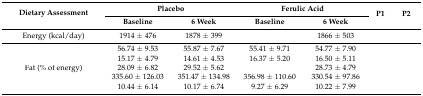
<table><thead><tr><td rowspan="2"><b>Dietary Assessment</b></td><td colspan="2"><b>Placebo</b></td><td colspan="2"><b>Ferulic Acid</b></td><td rowspan="2"><b>P1</b></td><td rowspan="2"><b>P2</b></td></tr><tr><td><b>Baseline</b></td><td><b>6 Week</b></td><td><b>Baseline</b></td><td><b>6 Week</b></td></tr></thead><tbody><tr><td>Energy (kcal/day)</td><td>1914 ± 476</td><td>1878 ± 399</td><td>[EMPTY_CELL]</td><td>1866 ± 503</td><td>[EMPTY_CELL]</td><td>[EMPTY_CELL]</td></tr><tr><td>[EMPTY_CELL]</td><td>56.74 ± 9.53</td><td>55.87 ± 7.67</td><td>55.41 ± 9.71</td><td>54.77 ± 7.90</td><td>[EMPTY_CELL]</td><td>[EMPTY_CELL]</td></tr><tr><td>[EMPTY_CELL]</td><td>15.17 ± 4.79</td><td>14.61 ± 4.53</td><td>16.37 ± 5.20</td><td>16.50 ± 5.11</td><td>[EMPTY_CELL]</td><td>[EMPTY_CELL]</td></tr><tr><td>Fat (% of energy)</td><td>28.09 ± 6.82</td><td>29.52 ± 5.62</td><td>[EMPTY_CELL]</td><td>28.73 ± 4.79</td><td>[EMPTY_CELL]</td><td>[EMPTY_CELL]</td></tr><tr><td>[EMPTY_CELL]</td><td>335.60 ± 126.03</td><td>351.47 ± 134.98</td><td>356.98 ± 110.60</td><td>330.54 ± 97.86</td><td>[EMPTY_CELL]</td><td>[EMPTY_CELL]</td></tr><tr><td>[EMPTY_CELL]</td><td>10.44 ± 6.14</td><td>10.17 ± 6.74</td><td>9.27 ± 6.29</td><td>10.22 ± 7.99</td><td>[EMPTY_CELL]</td><td>[EMPTY_CELL]</td></tr></tbody></table>